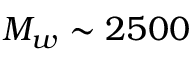
M _ { w } \sim 2 5 0 0